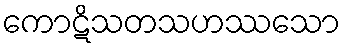
ကောဋိသတသဟဿသော